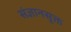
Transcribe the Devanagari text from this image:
संज्ञानसूक्त